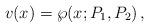
LaTeX: \begin{align*}v(x) = \wp(x;P_1,P_2)\,, \end{align*}